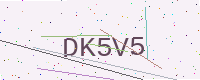
Text: DK5V5